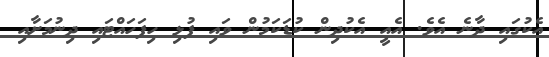
އެކުގައި ދާނެ އެވެ. އެއީ އެކުދިން ކުޑަކަމުން ވައި ފުޅި ހިފަހައްޓައި ދިނުމަށާއި